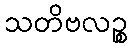
သတိဗလဉ္စ